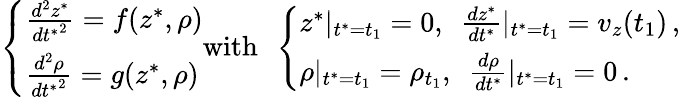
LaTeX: \left\{ \begin{array}{ll}{\frac{d^{2}z^{*}}{{dt^{*}}^{2}}=f(z^{*},\rho)}\\ {\frac{d^{2}\rho}{{dt^{*}}^{2}}=g(z^{*},\rho)}\end{array}\right.\mathrm{with}\ \ \left\{ \begin{array}{ll}{z^{*}|_{t^{*}=t_{1}}=0,\ \ \frac{dz^{*}}{dt^{*}}|_{t^{*}=t_{1}}=v_{z}(t_{1})\, ,}\\ {\rho|_{t^{*}=t_{1}}=\rho_{t_{1}},\ \ \frac{d\rho}{dt^{*}}|_{t^{*}=t_{1}}=0\, .}\end{array}\right.